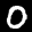
Label: 0